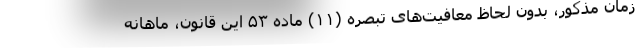
زمان مذکور، بدون لحاظ معافیت‌های تبصره (۱۱) ماده ۵۳ این قانون، ماهانه